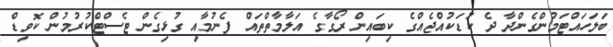
ބަލަހައްޓަމުންގެންދާ ދެ ކުޑަކުއްޖެއްގެ ކިބައިން ރޯގާގެ އަލާމާތްތައް ފެނުމާއި ގުޅިގެން ޓެސްޓްކުރުމުން ކޮވިޑް